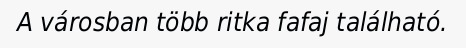
A városban több ritka fafaj található.